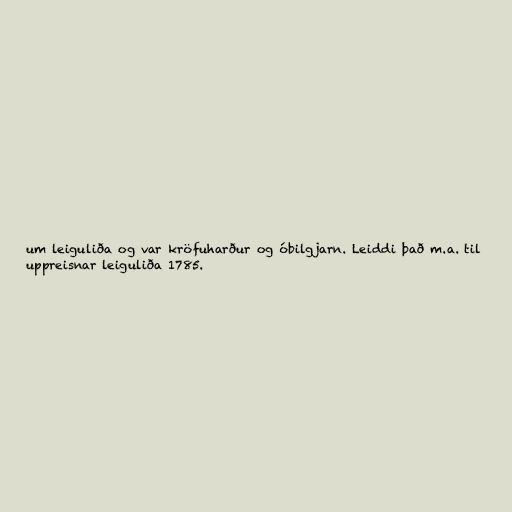
um leiguliða og var kröfuharður og óbilgjarn. Leiddi það m.a. til
uppreisnar leiguliða 1785.